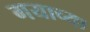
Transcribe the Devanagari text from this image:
गयाच्या